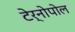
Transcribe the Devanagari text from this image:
टेर्नोपोल